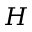
H